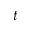
t